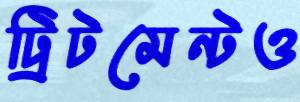
ট্রিটমেন্টও